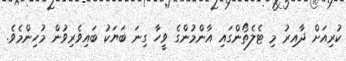
ކުރިއަށް ދާއިރު މި ޓެލެތޯންގައި އާންމުންގެ ވީހާ ގިނަ ބަޔަކު ބައިވެރިވުން މުހިންމެވެ.